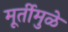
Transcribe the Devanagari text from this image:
मूर्तीमुळे